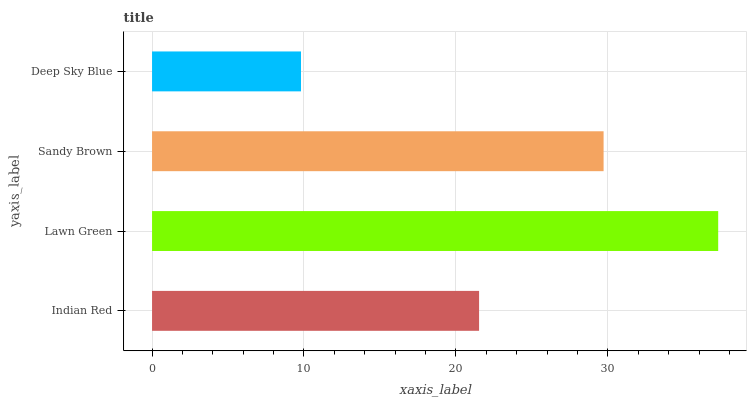
| yaxis_label | bars |
 | --- | --- |
 | Indian Red | 21.5 |
 | Lawn Green | 37.3 |
 | Sandy Brown | 29.7 |
 | Deep Sky Blue | 9.8 |